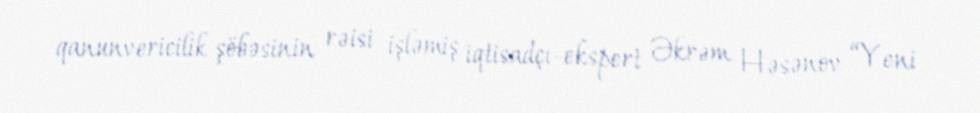
qanunvericilik şöbəsinin rəisi işləmiş iqtisadçı-ekspert Əkrəm Həsənov “Yeni